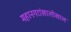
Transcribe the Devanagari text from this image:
महानगरांखालोखाल